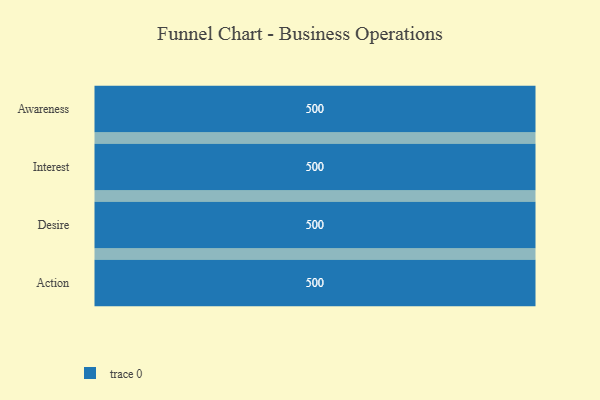
{"axis": {"x": "Stage", "y": "Value"}, "legend": [""], "data": [{"x": "Awareness", "y": 500, "type": ""}, {"x": "Interest", "y": 500, "type": ""}, {"x": "Desire", "y": 500, "type": ""}, {"x": "Action", "y": 500, "type": ""}]}